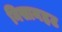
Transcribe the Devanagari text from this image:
निसानहट